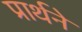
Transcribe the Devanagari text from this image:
प्रार्थने